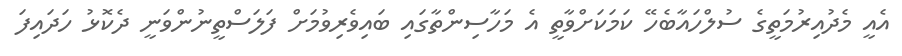
އެއީ މެދުއިރުމަތީގެ ސުލްހައާބެހޭ ކަމަކަށްވާތީ އެ މަހާސިންތާގައި ބައިވެރިވުމަށް ފަލަސްތީނުންވަނީ ދެކޮޅު ހަދައިފަ